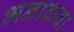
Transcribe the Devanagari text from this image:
भनाकवा